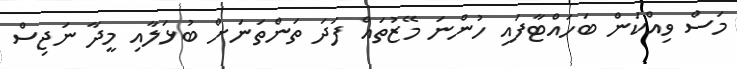
މަސް ވިއްކަން ބަހައްޓާފައިި ހުންނަ މޭޒުތައް ފަދަ ތަންތަނަށް ބުޅަލާއި މީދާ ނަޖިސް